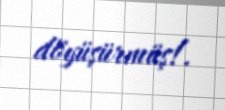
döyüşürmüş!.